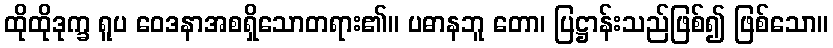
ထိုထိုဒုက္ခ ရူပ ဝေဒနာအစရှိသောတရား၏။ ပဓာနဘူ တော၊ ပြဋ္ဌာန်းသည်ဖြစ်၍ ဖြစ်သော။